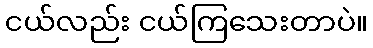
ငယ်လည်း ငယ်ကြသေးတာပဲ။